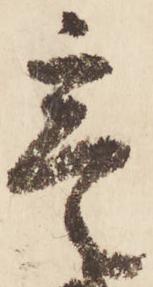
寔